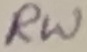
Text: RW